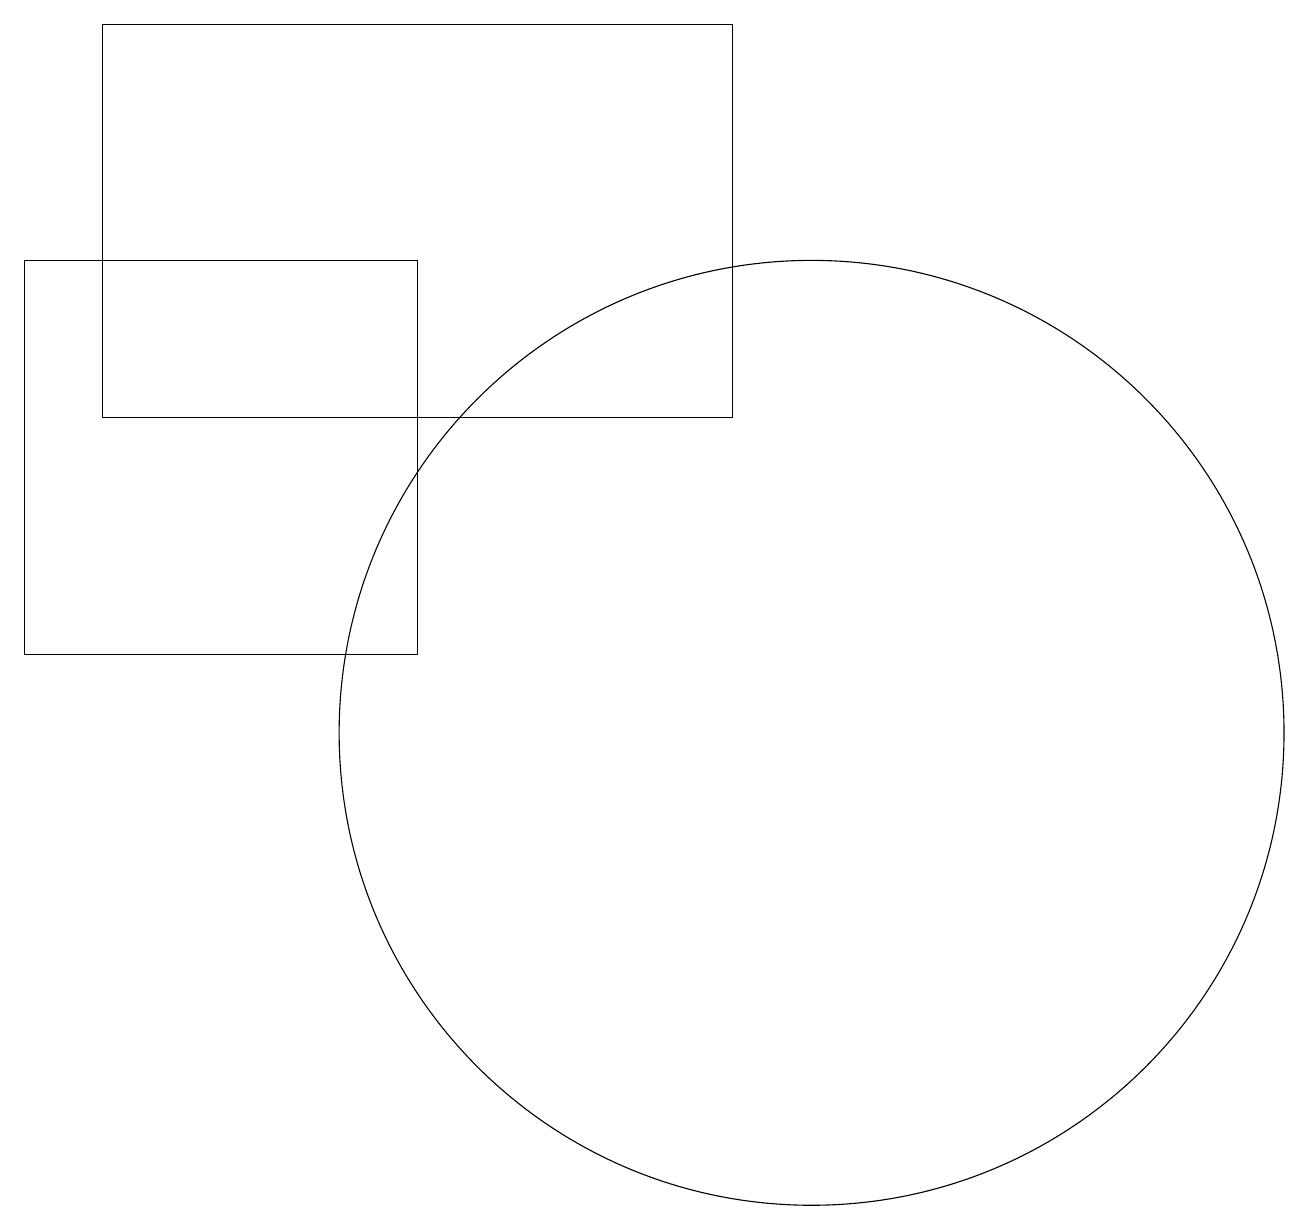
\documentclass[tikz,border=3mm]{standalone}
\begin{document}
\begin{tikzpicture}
\draw (9,14) rectangle (1,19);
\draw (5,11) rectangle (0,16);
\draw (10,10) circle (6);
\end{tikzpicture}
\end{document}